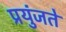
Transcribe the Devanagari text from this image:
प्रयुंजते